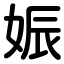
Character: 娠